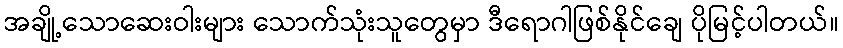
အချို့သောဆေးဝါးများ သောက်သုံးသူတွေမှာ ဒီရောဂါဖြစ်နိုင်ချေ ပိုမြင့်ပါတယ်။